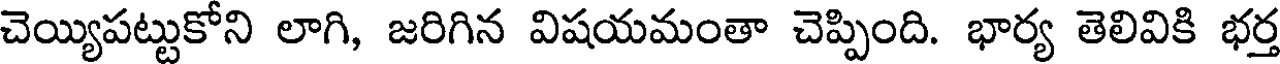
చెయ్యిపట్టుకోని లాగి, జరిగిన విషయమంతా చెప్పింది. భార్య తెలివికి భర్త